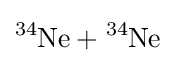
{\ce {^{34}Ne + ^{34}Ne}}